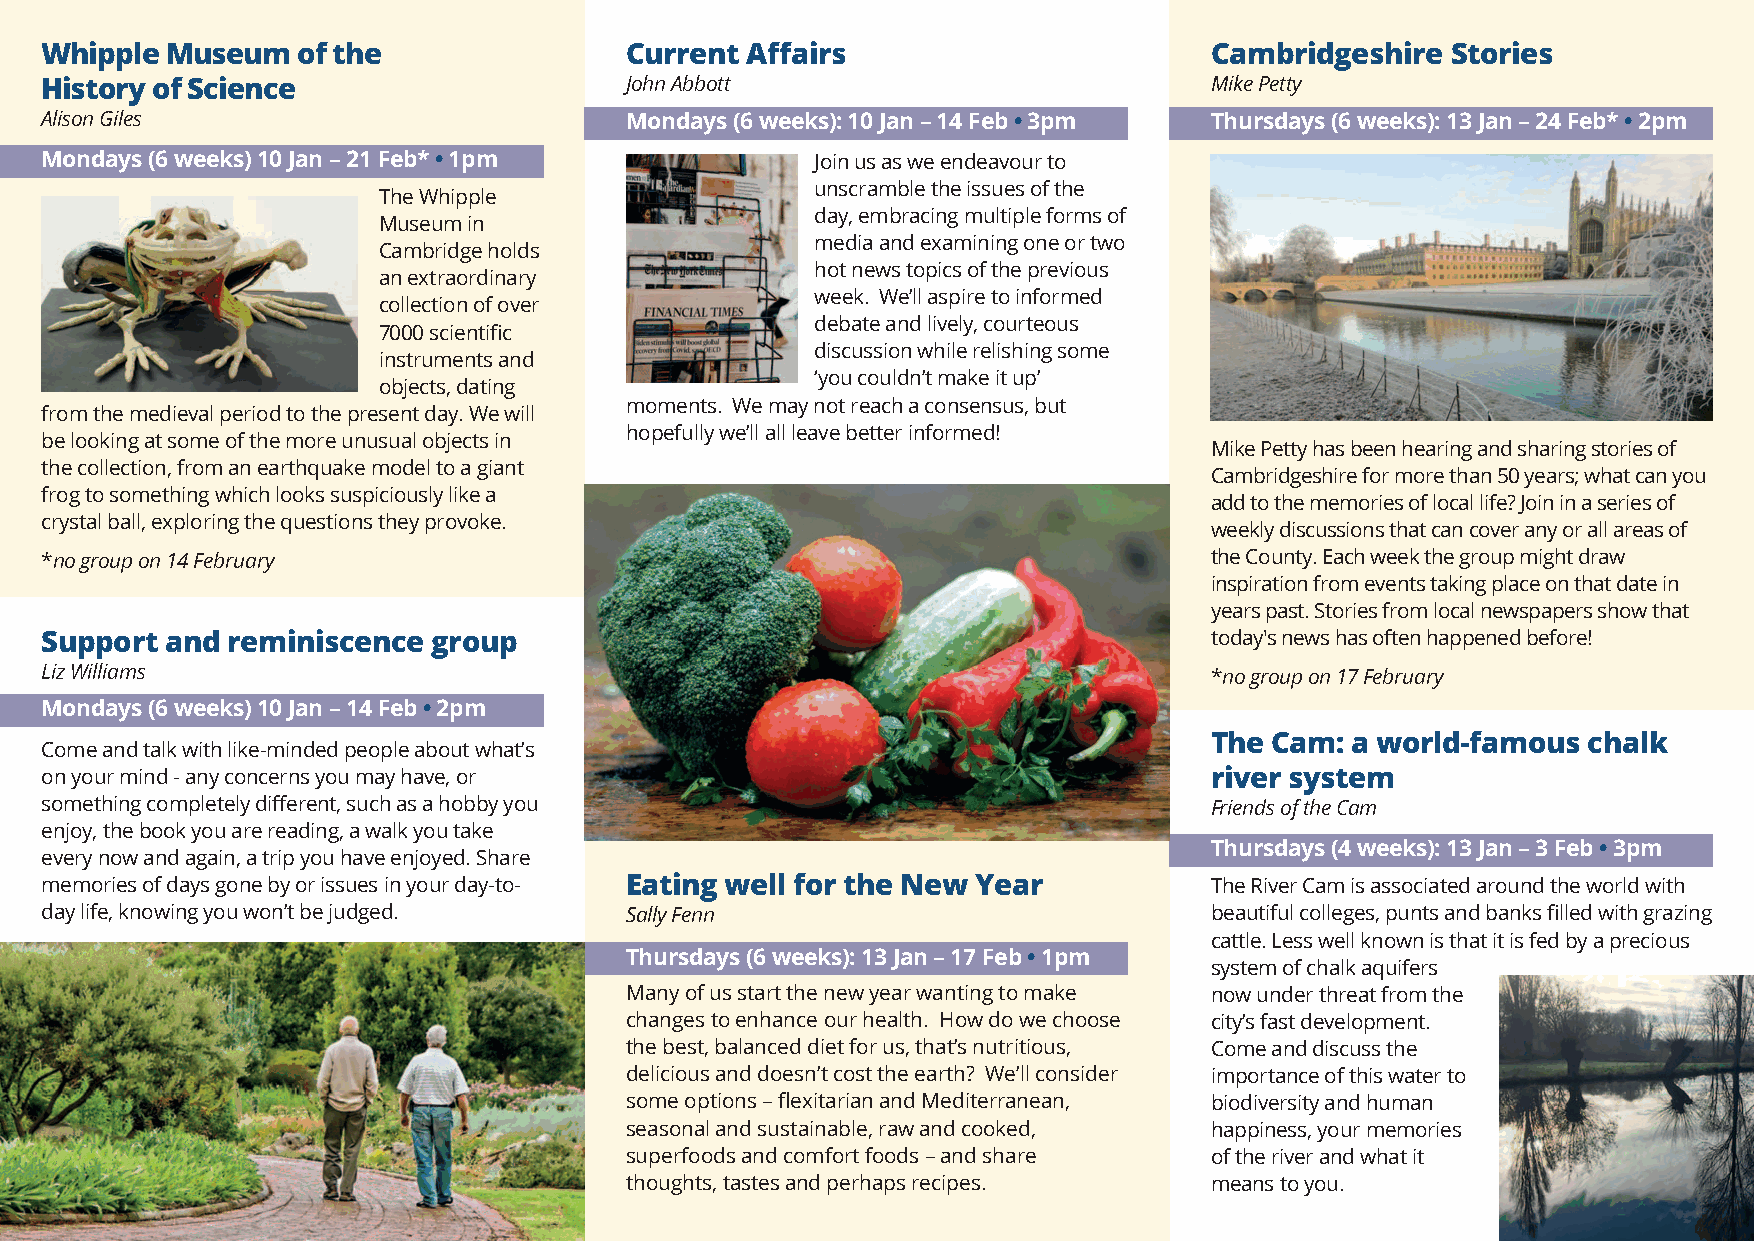
Whipple Museum   of the               Current Affairs                        Cambridgeshire  Stories
 History of Science                    John Abbott                            Mike Petty
 Alison Giles                          Mondays (6 weeks): 10 Jan – 14 Feb • 3pm Thursdays (6 weeks): 13 Jan – 24 Feb* • 2pm
 Mondays (6 weeks) 10 Jan – 21 Feb* • 1pm           Join us as we endeavour to
 unscramble the issues of the
 The Whipple
 day, embracing multiple forms of
 Museum in
 media and examining one or two
 Cambridge holds
 hot news topics of the previous
 an extraordinary
 week. We’ll aspire to informed
 collection of over
 debate and lively, courteous
 7000 scientific
 discussion while relishing some
 instruments and
 ‘you couldn’t make it up’
 objects, dating
 from the medieval period to the present day. We will
 moments. We may not reach a consensus, but
 hopefully we’ll all leave better informed!
 be looking at some of the more unusual objects in
 Mike Petty has been hearing and sharing stories of
 the collection, from an earthquake model to a giant
 Cambridgeshire for more than 50 years; what can you
 frog to something which looks suspiciously like a
 add to the memories of local life? Join in a series of
 crystal ball, exploring the questions they provoke.
 weekly discussions that can cover any or all areas of
 *no group on 14 February                                                     the County. Each week the group might draw
 inspiration from events taking place on that date in
 years past. Stories from local newspapers show that
 Support and reminiscence  group                                              today's news has often happened before!
 Liz Williams                                                                 *no group on 17 February
 Mondays (6 weeks) 10 Jan – 14 Feb • 2pm
 The Cam: a world-famous  chalk
 Come and talk with like-minded people about what’s
 on your mind - any concerns you may have, or                                 river system
 something completely different, such as a hobby you                          Friends of the Cam
 enjoy, the book you are reading, a walk you take
 Thursdays (4 weeks): 13 Jan – 3 Feb • 3pm
 every now and again, a trip you have enjoyed. Share
 memories of days gone by or issues in your day-to- Eating well for the New Year The River Cam is associated around the world with
 day life, knowing you won’t be judged. Sally Fenn                            beautiful colleges, punts and banks filled with grazing
 cattle. Less well known is that it is fed by a precious
 Thursdays (6 weeks): 13 Jan – 17 Feb • 1pm
 system of chalk aquifers
 Many of us start the new year wanting to make now under threat from the
 changes to enhance our health. How do we choose city’s fast development.
 the best, balanced diet for us, that’s nutritious, Come and discuss the
 delicious and doesn’t cost the earth? We’ll consider importance of this water to
 some options – flexitarian and Mediterranean, biodiversity and human
 seasonal and sustainable, raw and cooked, happiness, your memories
 superfoods and comfort foods – and share of the river and what it
 thoughts, tastes and perhaps recipes.  means to you.